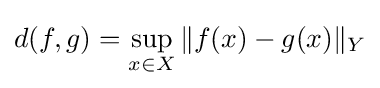
d(f,g)=\sup _{x\in X}\|f(x)-g(x)\|_{Y}